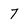
Character: 7